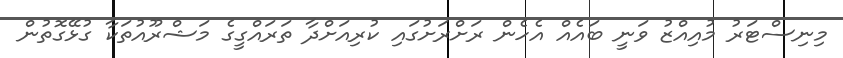
މިނިސްޓަރު މުއިއްޒު ވަނީ ބައެއް އެހެން ރަށްރަށުގައި ކުރިއަށްދާ ތަރައްގީގެ މަޝްރޫއުތަކާ ގުޅޭގޮތުން